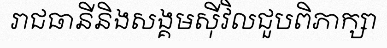
រាជធានីនិងសង្គមស៊ីវិលជួបពិភាក្សា